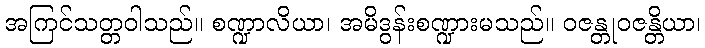
အကြင်သတ္တဝါသည်။ စဏ္ဍာလိယာ၊ အမိဒွန်းစဏ္ဍားမသည်။ ဝဇန္တုဝဇန္တိယာ၊